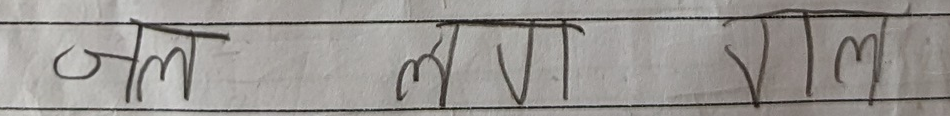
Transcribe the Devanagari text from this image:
जल नल्गा शल